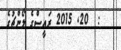
:  20